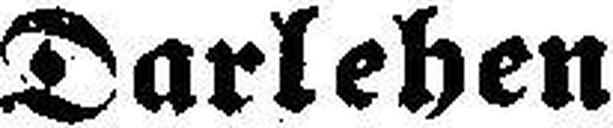
Darlehen